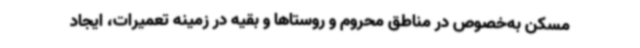
مسکن به‌خصوص در مناطق محروم و روستاها و بقیه در زمینه تعمیرات، ایجاد